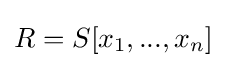
R=S[x_{1},...,x_{n}]